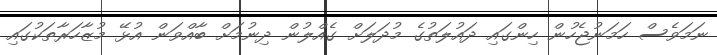
ނަމަވެސް ހަަމަނުޖެހުން ހިންގައި ދައުލަތުގެ މުދަލަށް ގެއްލުން ދިނުމަށް ބާއްވަން އުޅޭ މުޒާހަރާތަކުގައި